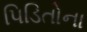
પિડિતોના